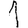
Digit: 1